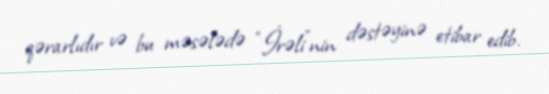
qərarlıdır və bu məsələdə “İrəli”nin dəstəyinə etibar edib.